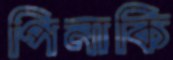
পিনাকি